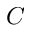
C